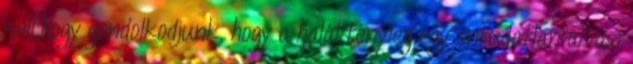
kell,hogy gondolkodjunk, hogy a halál tényleg egy ontudatlan alvási